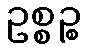
ဥစ္စဉ္စ